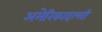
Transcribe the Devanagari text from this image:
अमेरिकादल्ली